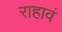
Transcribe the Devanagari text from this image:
राहावं